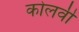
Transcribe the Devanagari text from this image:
कोलवी